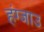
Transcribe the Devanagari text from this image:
हंग्जाउ